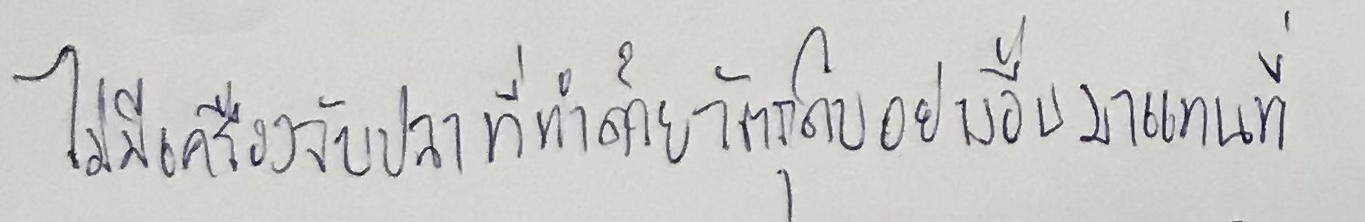
ไม่มีเครื่องจับปลาที่ทำด้วยวัตถุดิบอย่างอื่นมาแทนที่